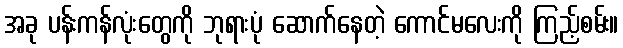
အခု ပန်းကန်လုံးတွေကို ဘုရားပုံ ဆောက်နေတဲ့ ကောင်မလေးကို ကြည့်စမ်း။